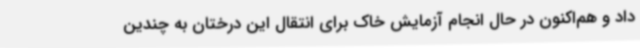
داد و هم‌اکنون در حال انجام آزمایش خاک برای انتقال این درختان به چندین